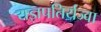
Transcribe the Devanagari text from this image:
यज्ञपतिर्यज्वा